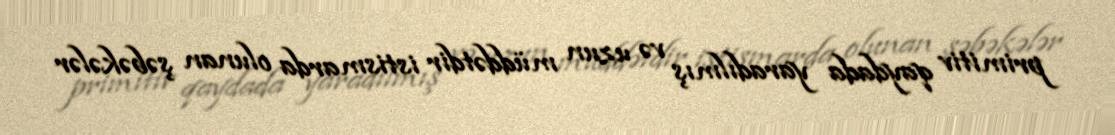
primitiv qaydada yaradılmış və uzun müddətdir istismarda olunan şəbəkələr